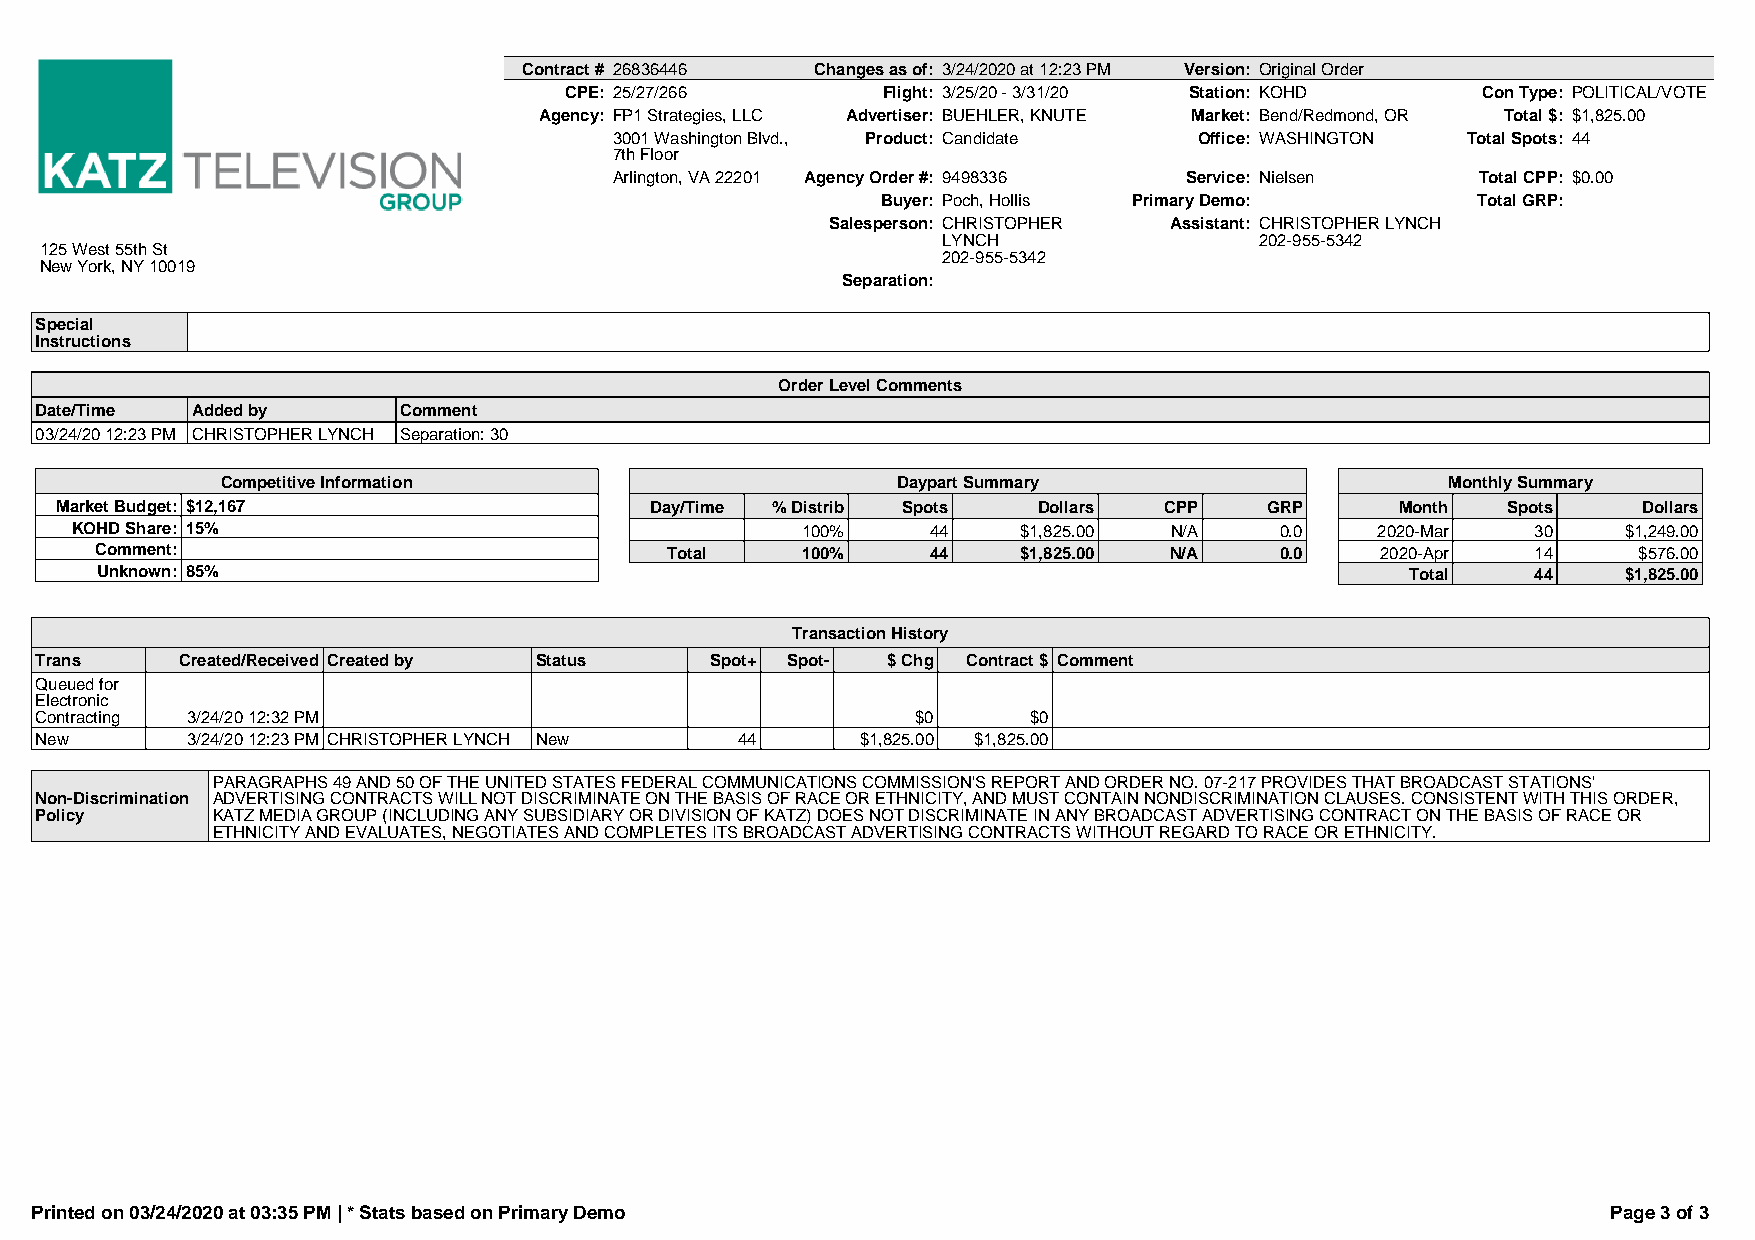
Contract # 26836446 Changes as of: 3/24/2020 at 12:23 PM Version: Original Order
 CPE: 25/27/266       Flight: 3/25/20 - 3/31/20 Station: KOHD Con Type: POLITICAL/VOTE
 Agency: FP1 Strategies, LLC Advertiser: BUEHLER, KNUTE Market: Bend/Redmond, OR Total $: $1,825.00
 3001 Washington Blvd., Product: Candidate Office: WASHINGTON Total Spots: 44
 7th Floor
 Arlington, VA 22201 Agency Order #: 9498336 Service: Nielsen Total CPP: $0.00
 Buyer: Poch, Hollis Primary Demo:       Total GRP:
 Salesperson: CHRISTOPHER Assistant: CHRISTOPHER LYNCH
 LYNCH                202-955-5342
 125 West 55th St
 202-955-5342
 New York, NY 10019
 Separation:
 Special
 Instructions
 Order Level Comments
 Date/Time  Added by     Comment
 03/24/20 12:23 PM CHRISTOPHER LYNCH Separation: 30
 Competitive Information                     Daypart Summary                      Monthly Summary
 Market Budget: $12,167                 Day/Time % Distrib Spots  Dollars CPP    GRP      Month  Spots    Dollars
 KOHD Share: 15%                                 100%     44    $1,825.00 N/A    0.0   2020-Mar   30    $1,249.00
 Comment:                              Total    100%     44    $1,825.00 N/A    0.0   2020-Apr   14    $576.00
 Unknown: 85%                                                                           Total    44    $1,825.00
 Transaction History
 Trans     Created/Received Created by Status Spot+ Spot- $ Chg Contract $ Comment
 Queued for
 Electronic
 Contracting 3/24/20 12:32 PM                               $0     $0
 New       3/24/20 12:23 PM CHRISTOPHER LYNCH New 44    $1,825.00 $1,825.00
 PARAGRAPHS 49 AND 50 OF THE UNITED STATES FEDERAL COMMUNICATIONS COMMISSION'S REPORT AND ORDER NO. 07-217 PROVIDES THAT BROADCAST STATIONS'
 Non-Discrimination ADVERTISING CONTRACTS WILL NOT DISCRIMINATE ON THE BASIS OF RACE OR ETHNICITY, AND MUST CONTAIN NONDISCRIMINATION CLAUSES. CONSISTENT WITH THIS ORDER,
 Policy      KATZ MEDIA GROUP (INCLUDING ANY SUBSIDIARY OR DIVISION OF KATZ) DOES NOT DISCRIMINATE IN ANY BROADCAST ADVERTISING CONTRACT ON THE BASIS OF RACE OR
 ETHNICITY AND EVALUATES, NEGOTIATES AND COMPLETES ITS BROADCAST ADVERTISING CONTRACTS WITHOUT REGARD TO RACE OR ETHNICITY.
 Printed on 03/24/2020 at 03:35 PM | * Stats based on Primary Demo                                        Page 3 of 3